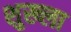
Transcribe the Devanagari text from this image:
शुख्ला